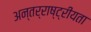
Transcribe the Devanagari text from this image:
अन्तर्राष्ट्रीयता